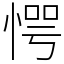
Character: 愕